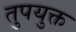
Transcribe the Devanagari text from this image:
तुपयुक्त